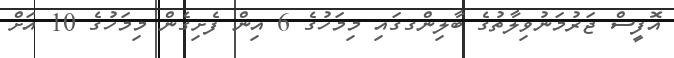
އޮފީސް ޖަރުމަނުވިލާތުގެ ބާލިންގގައި މިމަހުގެ 6 އިން ފެށިގެން މިމަހުގެ 10 އަށް